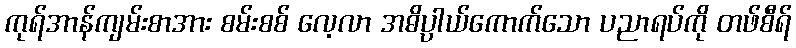
ကုရ်အာန်ကျမ်းစာအား စမ်းစစ် လေ့လာ အဓိပ္ပာယ်ကောက်သော ပညာရပ်ကို တဖ်စီရ်